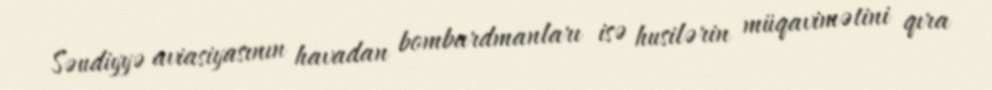
Səudiyyə aviasiyasının havadan bombardmanları isə husilərin müqavimətini qıra